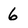
Character: 6